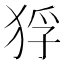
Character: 𤞲